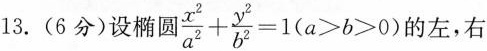
13.(6分)设椭圆$$\frac { x ^ { 2 } } { a ^ { 2 } } + \frac { y ^ { 2 } } { b ^ { 2 } } = 1 ( a > b > 0 )$$的左，右